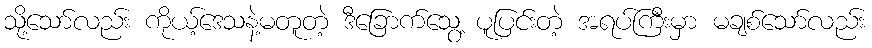
သို့သော်လည်း ကိုယ့်ဒေသနဲ့မတူတဲ့ ဒီခြောက်သွေ့ ပူပြင်းတဲ့ အရပ်ကြီးမှာ မချစ်သော်လည်း